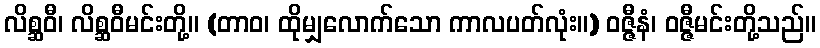
လိစ္ဆဝီ၊ လိစ္ဆဝီမင်းတို့။ (တာဝ၊ ထိုမျှလောက်သော ကာလပတ်လုံး။) ဝဇ္ဇီနံ၊ ဝဇ္ဇီမင်းတို့သည်။